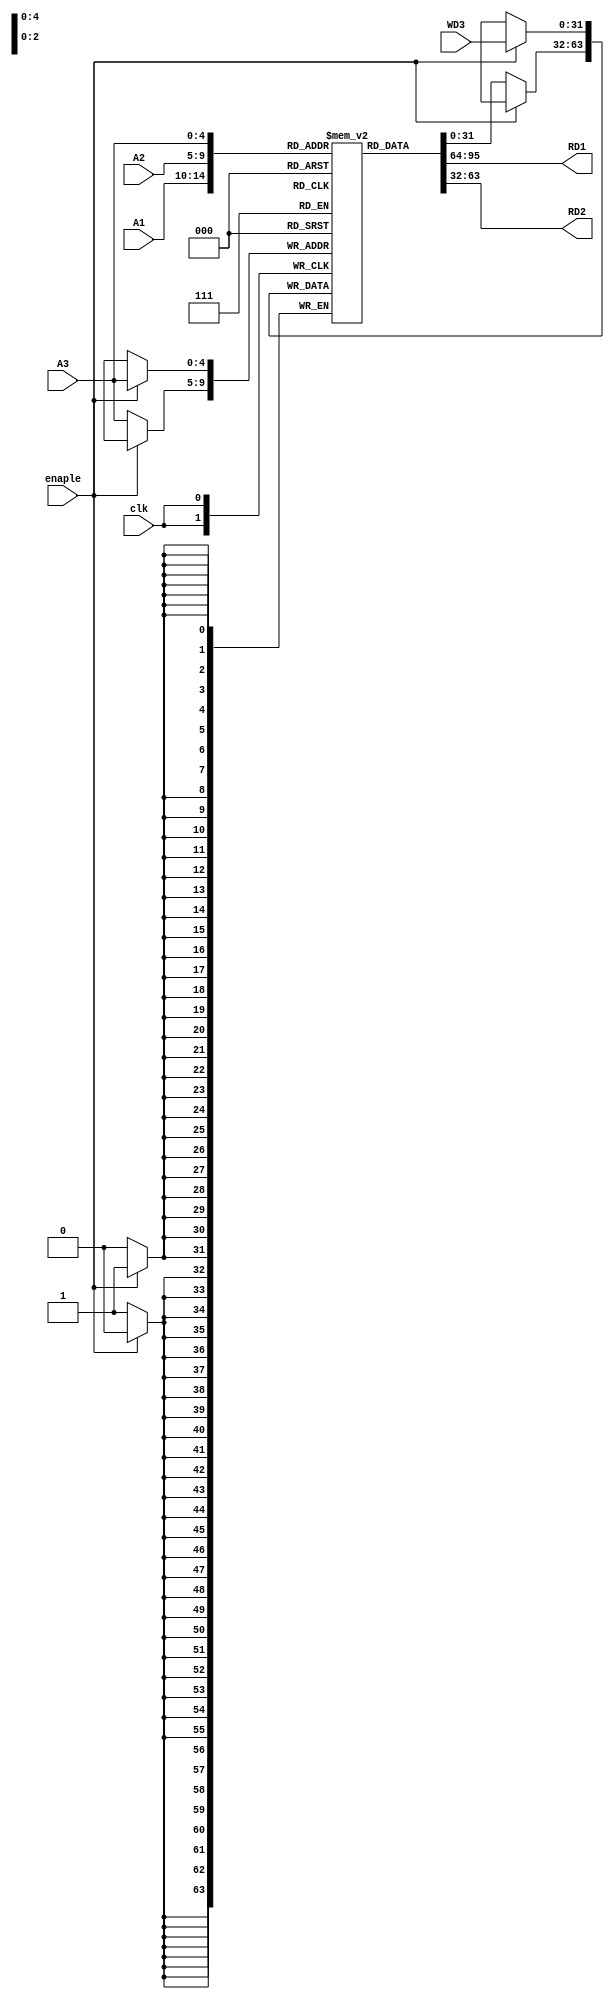
module Register_file(
input[4:0]A1,A2,A3,
input enaple,clk,
input [31:0] WD3,
output reg[31:0]RD1,RD2
);

reg [31:0]ROM[0:31];
integer i;
initial begin 
for(i=0;i<32;i=i+1)
begin
ROM[i]=32'b0;
end
end

always@*
begin
RD1=ROM[A1];
RD2=ROM[A2];
end

always@(posedge clk)
begin
if(enaple==1'b1)
ROM[A3]<=WD3;
else
ROM[A3]<=ROM[A3];
end



endmodule